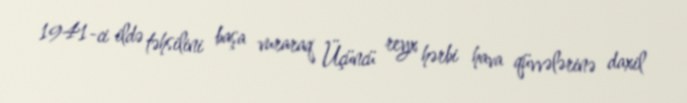
1941-ci ildə təhsilini başa vuraraq Üçüncü reyx hərbi hava qüvvələrinə daxil